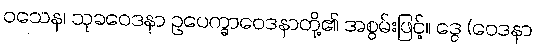
ဝသေန၊ သုခဝေဒနာ ဥပေက္ခာဝေဒနာတို့၏ အစွမ်းဖြင့်။ ဒွေ (ဝေဒနာ